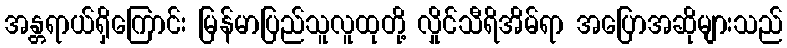
အန္တရာယ်ရှိကြောင်း မြန်မာပြည်သူလူထုတို့ လှိုင်သီရိအိမ်ရာ အပြောအဆိုများသည်